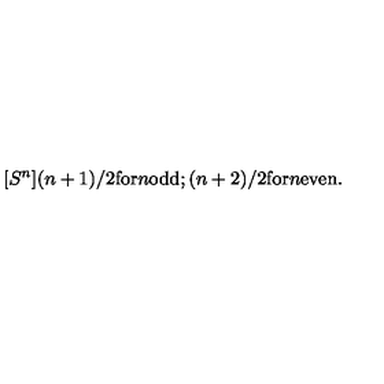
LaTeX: [ S ^ { n } ] ( n + 1 ) / 2 \mathrm { f o r } n \mathrm { o d d } ; ( n + 2 ) / 2 \mathrm { f o r } { } n \mathrm { e v e n } .